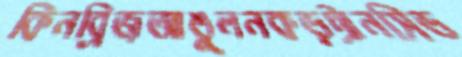
কিনব্রিজআঙুলনকড়ট্রানসিড